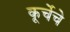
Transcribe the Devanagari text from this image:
कूर्चेचे